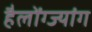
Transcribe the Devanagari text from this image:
हैलोंग्ज्यांग